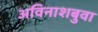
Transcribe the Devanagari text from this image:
अविनाशबुवा